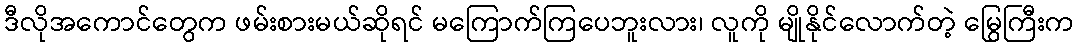
ဒီလိုအကောင်တွေက ဖမ်းစားမယ်ဆိုရင် မကြောက်ကြပေဘူးလား၊ လူကို မျိုနိုင်လောက်တဲ့ မြွေကြီးက